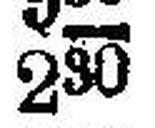
230